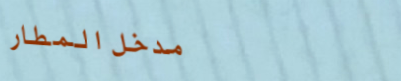
مدخل المطار